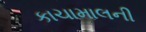
કાચામાલની